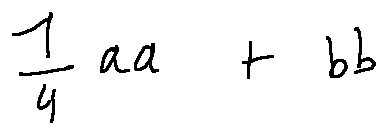
\frac { 1 } { 4 } a a + b b